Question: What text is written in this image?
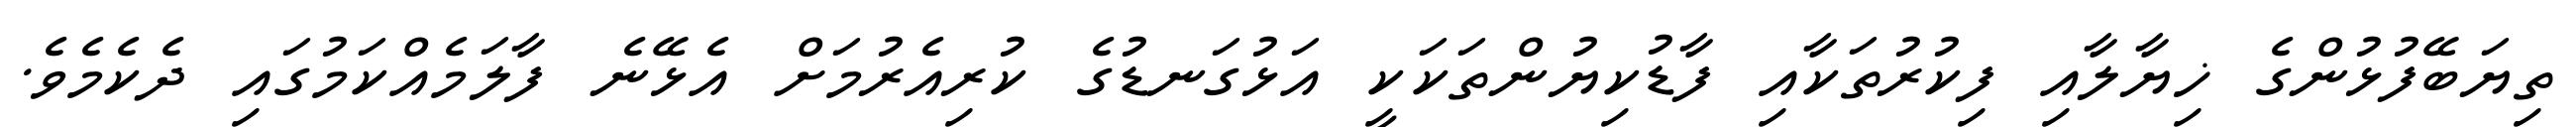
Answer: ތިޔަބޭފުޅުންގެ ޚިޔާލާއި ފިކުރުތަކާއި ފާޑުކިޔުންތަކަކީ އަޅުގަނޑުގެ ކުރިއެރުމަށް އެޅޭނެ ފާލަމެއްކަމުގައި ދެކެމެވެ.